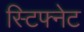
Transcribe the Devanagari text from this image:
स्टिफ्नेट